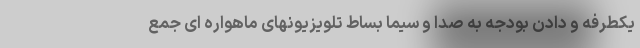
یکطرفه و دادن بودجه به صدا و سیما بساط تلویزیونهای ماهواره ای جمع